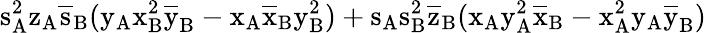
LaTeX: \mathrm{s_{A}^{2}\mathrm{z_{A}\mathrm{\overline{{s}}_{B}(\mathrm{y_{A}\mathrm{x_{B}^{2}\mathrm{\overline{{y}}_{B}-\mathrm{x_{A}\mathrm{\overline{{x}}_{B}\mathrm{y_{B}^{2})+\mathrm{s_{A}\mathrm{s_{B}^{2}\mathrm{\overline{{z}}_{B}(\mathrm{x_{A}\mathrm{y_{A}^{2}\mathrm{\overline{{x}}_{B}-\mathrm{x_{A}^{2}\mathrm{y_{A}\mathrm{\overline{{y}}_{B})}}}}}}}}}}}}}}}}}}